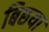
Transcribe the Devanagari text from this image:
बिछया